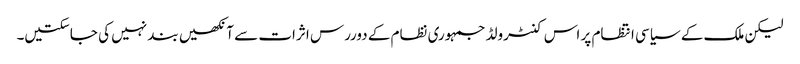
لیکن ملک کے سیاسی انتظام پر اس کنٹرولڈ جمہوری نظام کے دوررس اثرات سے آنکھیں بند نہیں کی جاسکتیں۔